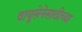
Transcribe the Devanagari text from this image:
वायुसेनेसाठीच्या